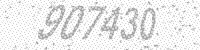
Solution: 907430